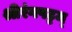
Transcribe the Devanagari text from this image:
श्रीरंगपट्टम्